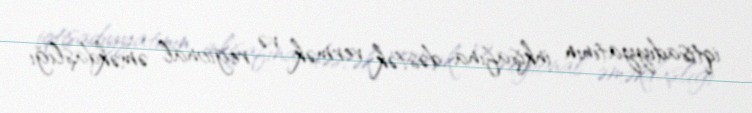
iqtisadiyyatının inkişafına dəstək vermək və regional əməkdaşlığı